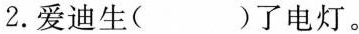
2.爱迪生()了电灯。